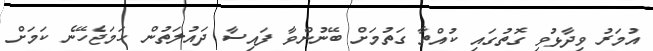
އުމަރު ވިދާޅުވި ގޮތުގައި ކުއްތާ ގަތުމަށް ބޭނުންވާ ފައިސާ ދައުލަތުން ހަމަޖެހޭނެ ކަމަށް